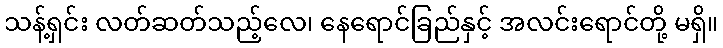
သန့်ရှင်း လတ်ဆတ်သည့်လေ၊ နေရောင်ခြည်နှင့် အလင်းရောင်တို့ မရှိ။